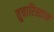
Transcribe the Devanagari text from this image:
तुचारिस्तान